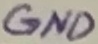
Text: GND